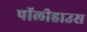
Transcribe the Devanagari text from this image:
पॉलीहाउस